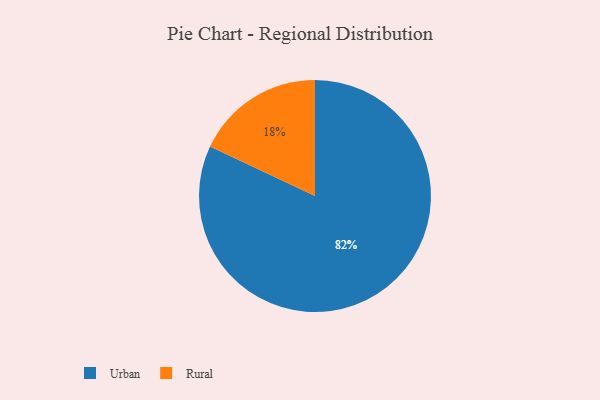
{"axis": {"x": "Category", "y": "Percentage"}, "legend": ["Rural", "Urban"], "data": [{"x": "Urban", "y": 82, "type": "Urban"}, {"x": "Rural", "y": 18, "type": "Rural"}]}